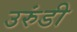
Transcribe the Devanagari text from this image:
उरुंडी